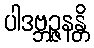
ပါဒဗ္ဘဉ္ဇနန္တိ